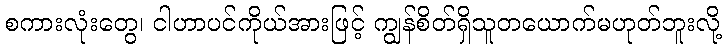
စကားလုံးတွေ၊ ငါဟာပင်ကိုယ်အားဖြင့် ကျွန်စိတ်ရှိသူတယောက်မဟုတ်ဘူးလို့